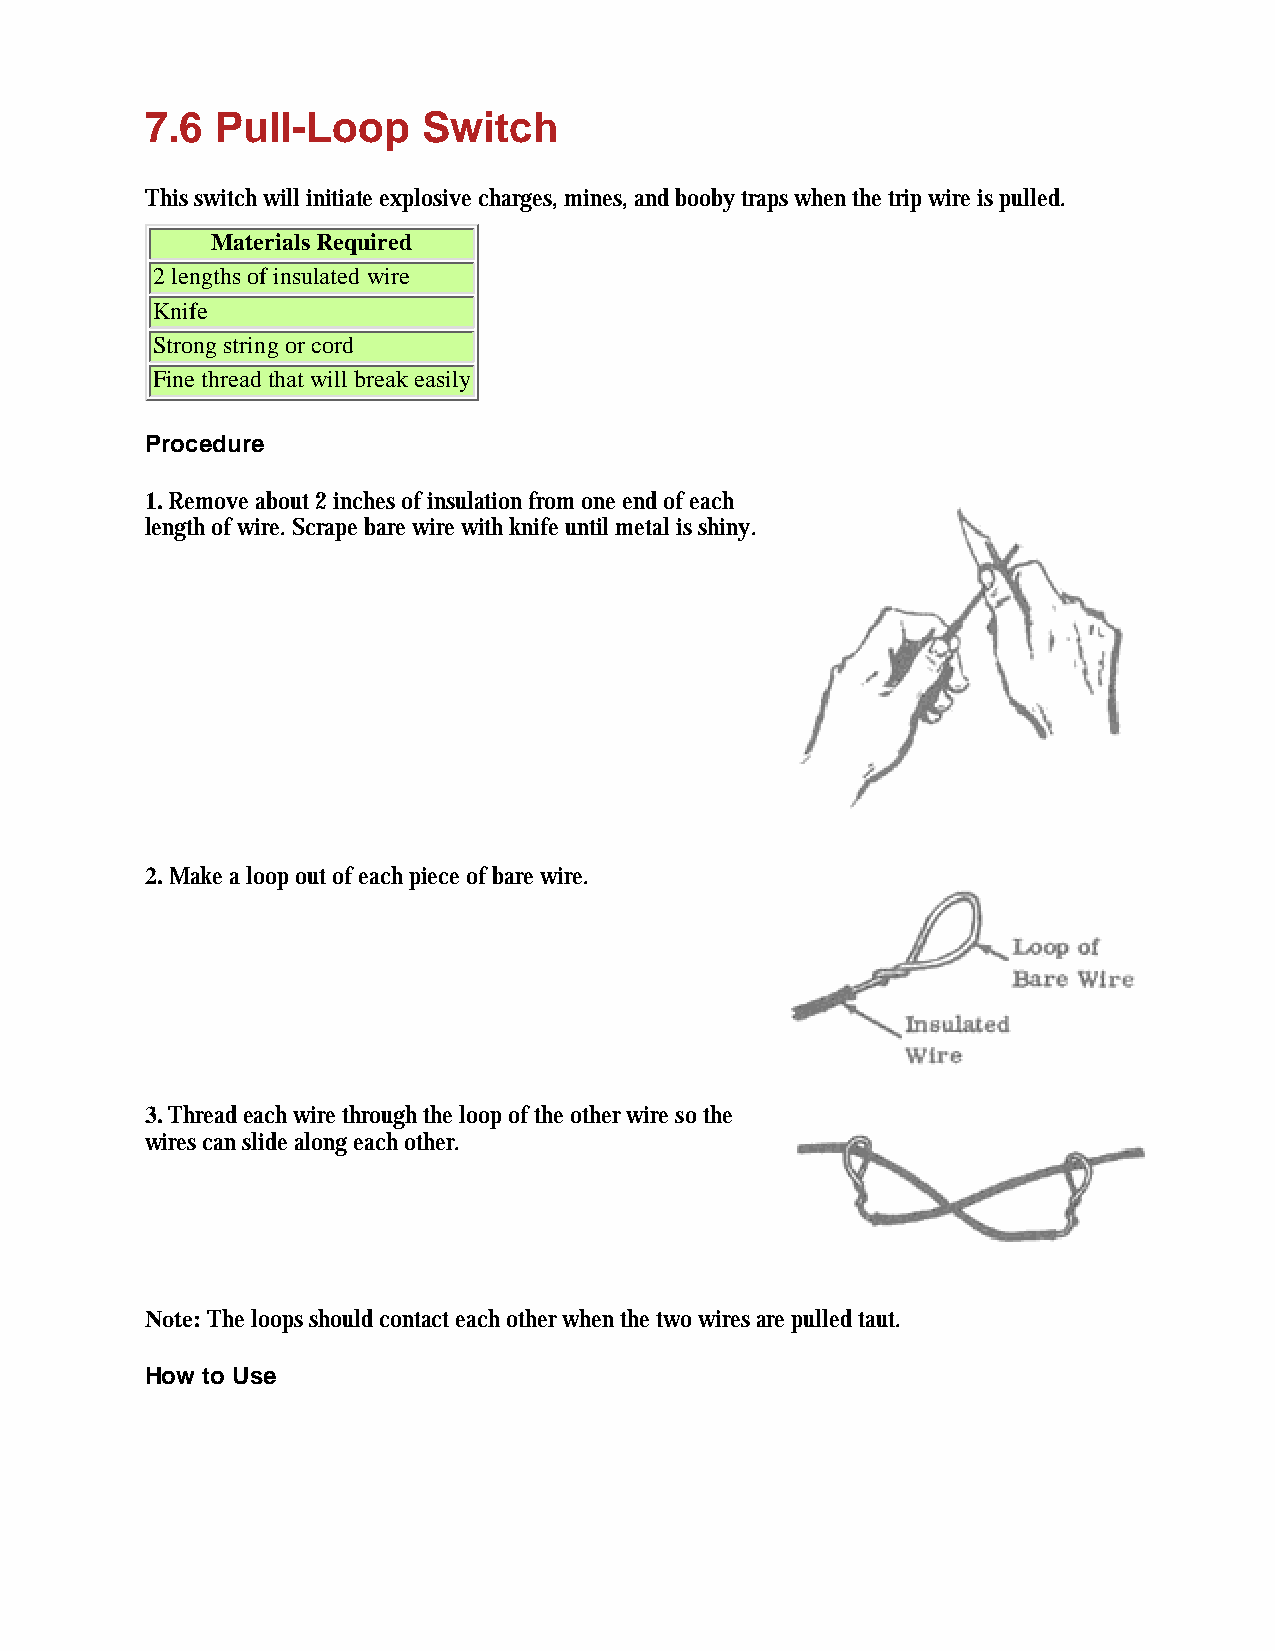
7.6 Pull-Loop     Switch
 This switch will initiate explosive charges, mines, and booby traps when the trip wire is pulled.
 Materials Required
 2 lengths of insulated wire
 Knife
 Strong string or cord
 Fine thread that will break easily
 Procedure
 1. Remove about 2 inches of insulation from one end of each
 length of wire. Scrape bare wire with knife until metal is shiny.
 2. Make a loop out of each piece of bare wire.
 3. Thread each wire through the loop of the other wire so the
 wires can slide along each other.
 Note: The loops should contact each other when the two wires are pulled taut.
 How to Use